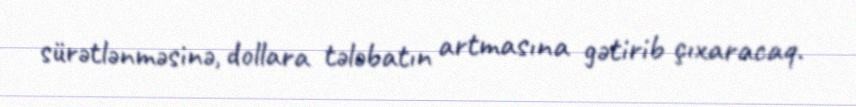
sürətlənməsinə, dollara tələbatın artmasına gətirib çıxaracaq.